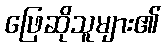
ဖြေဆိုသူများ၏